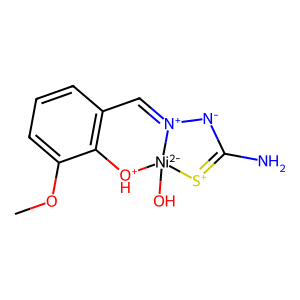
SMILES: COc1cccc2c1[OH+][Ni-2]1(O)[S+]=C(N)[N-][N+]1=C2
Inhibits HIV replication: No